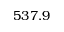
5 3 7 . 9